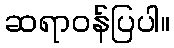
ဆရာဝန်ပြပါ။